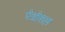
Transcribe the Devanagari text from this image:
पेत्रोसल